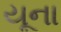
યૂના